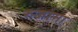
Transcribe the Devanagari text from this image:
रुजामा